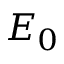
E _ { 0 }